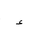
Letter: _hamza